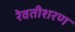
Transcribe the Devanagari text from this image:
रेवतीशरण